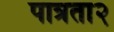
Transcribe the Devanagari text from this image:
पात्रता२